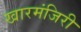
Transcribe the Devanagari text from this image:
खारमंजिरी